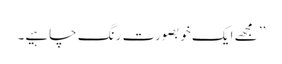
’’ مجھے ایک خوبصورت رِنگ چاہیے۔